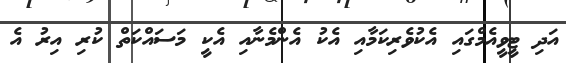
އަދި ޓީވީއެމްގައި އެކުވެރިކަމާއި އެކު އެންމެނާއި އެކީ މަސައްކަތް ކުރި އިރު އެ